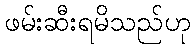
ဖမ်းဆီးရမိသည်ဟု